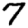
Digit: 7